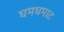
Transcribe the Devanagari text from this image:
घमघमाट